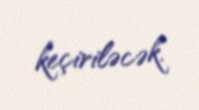
keçiriləcək.